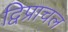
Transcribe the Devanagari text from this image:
द्विप्राचल